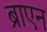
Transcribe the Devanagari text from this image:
ब्राएन